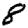
Digit: 8